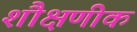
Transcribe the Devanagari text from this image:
शौक्षणीक